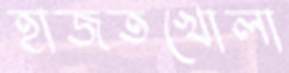
হাজতখোলা